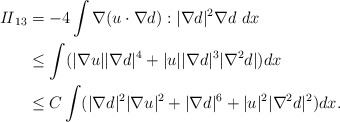
\begin{align*}\begin{aligned}{I\!I}_{13}&=-4\int \nabla (u \cdot \nabla d):|\nabla d|^2 \nabla d \ dx\\ &\le \int (|\nabla u| |\nabla d|^4+ |u| |\nabla d|^3 |\nabla^2 d|)dx\\ &\le C\int (|\nabla d|^2 |\nabla u|^2 +|\nabla d|^6 +|u|^2 |\nabla^2 d|^2) dx.\end{aligned}\end{align*}